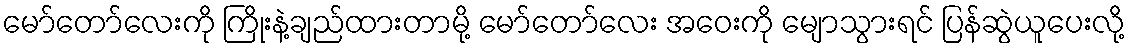
မော်တော်လေးကို ကြိုးနဲ့ချည်ထားတာမို့ မော်တော်လေး အဝေးကို မျောသွားရင် ပြန်ဆွဲယူပေးလို့